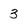
Character: 3